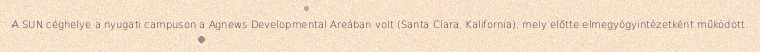
A SUN céghelye a nyugati campuson a Agnews Developmental Areában volt (Santa Clara, Kalifornia), mely előtte elmegyógyintézetként működött.